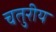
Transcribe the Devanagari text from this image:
चतुरीय